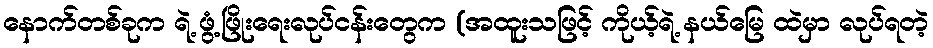
နောက်တစ်ခုက ရဲ့ ဖွံ့ဖြိုးရေးလုပ်ငန်းတွေက (အထူးသဖြင့် ကိုယ့်ရဲ့ နယ်မြေ ထဲမှာ လုပ်ရတဲ့